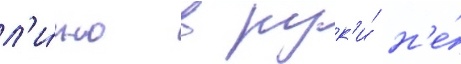
л'и́чно в рук'и́ н'е́